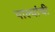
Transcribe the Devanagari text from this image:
पाल्यांची